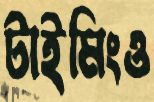
টাইমিংও